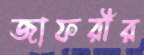
জাফরীর